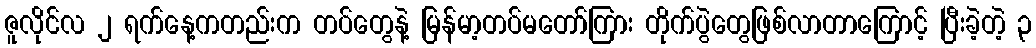
ဇူလိုင်လ ၂ ရက်နေ့ကတည်းက တပ်တွေနဲ့ မြန်မာ့တပ်မတော်ကြား တိုက်ပွဲတွေဖြစ်လာတာကြောင့် ပြီးခဲ့တဲ့ ၃